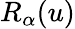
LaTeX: R_{\alpha}(u)